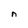
Character: n